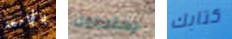
بالجامعة يستمعون كتابك